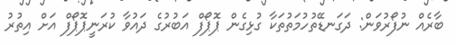
ބާރެއް ނުފޯރުވަން: ދަގަނޑޭތުހުމަތުތަކާ ގުޅިގެން ޕޮޕޯފް އަބުރުގެ ދައުވާ ކުރަނީޕޮޕޯފް އަށް އިތުރު